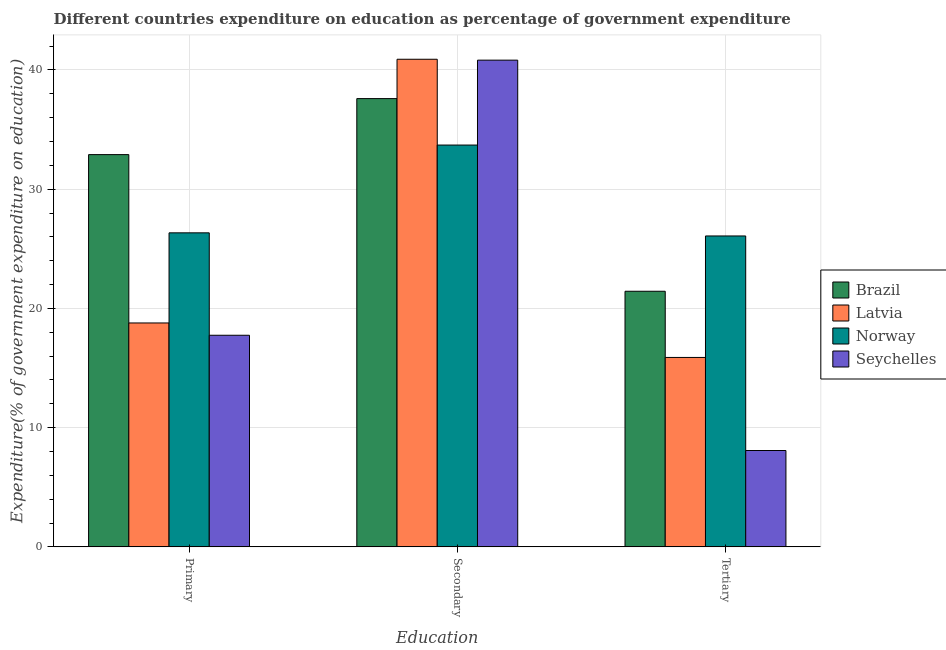
| Education | Brazil | Latvia | Norway | Seychelles |
 | --- | --- | --- | --- | --- |
 | Primary | 32.9 | 18.8 | 26.3 | 17.7 |
 | Secondary | 37.6 | 40.9 | 33.7 | 40.8 |
 | Tertiary | 21.4 | 15.9 | 26.1 | 8.08 |